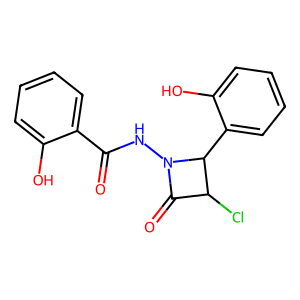
SMILES: O=C(NN1C(=O)C(Cl)C1c1ccccc1O)c1ccccc1O
Inhibits HIV replication: No